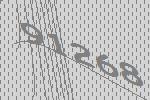
91268